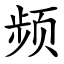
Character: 频